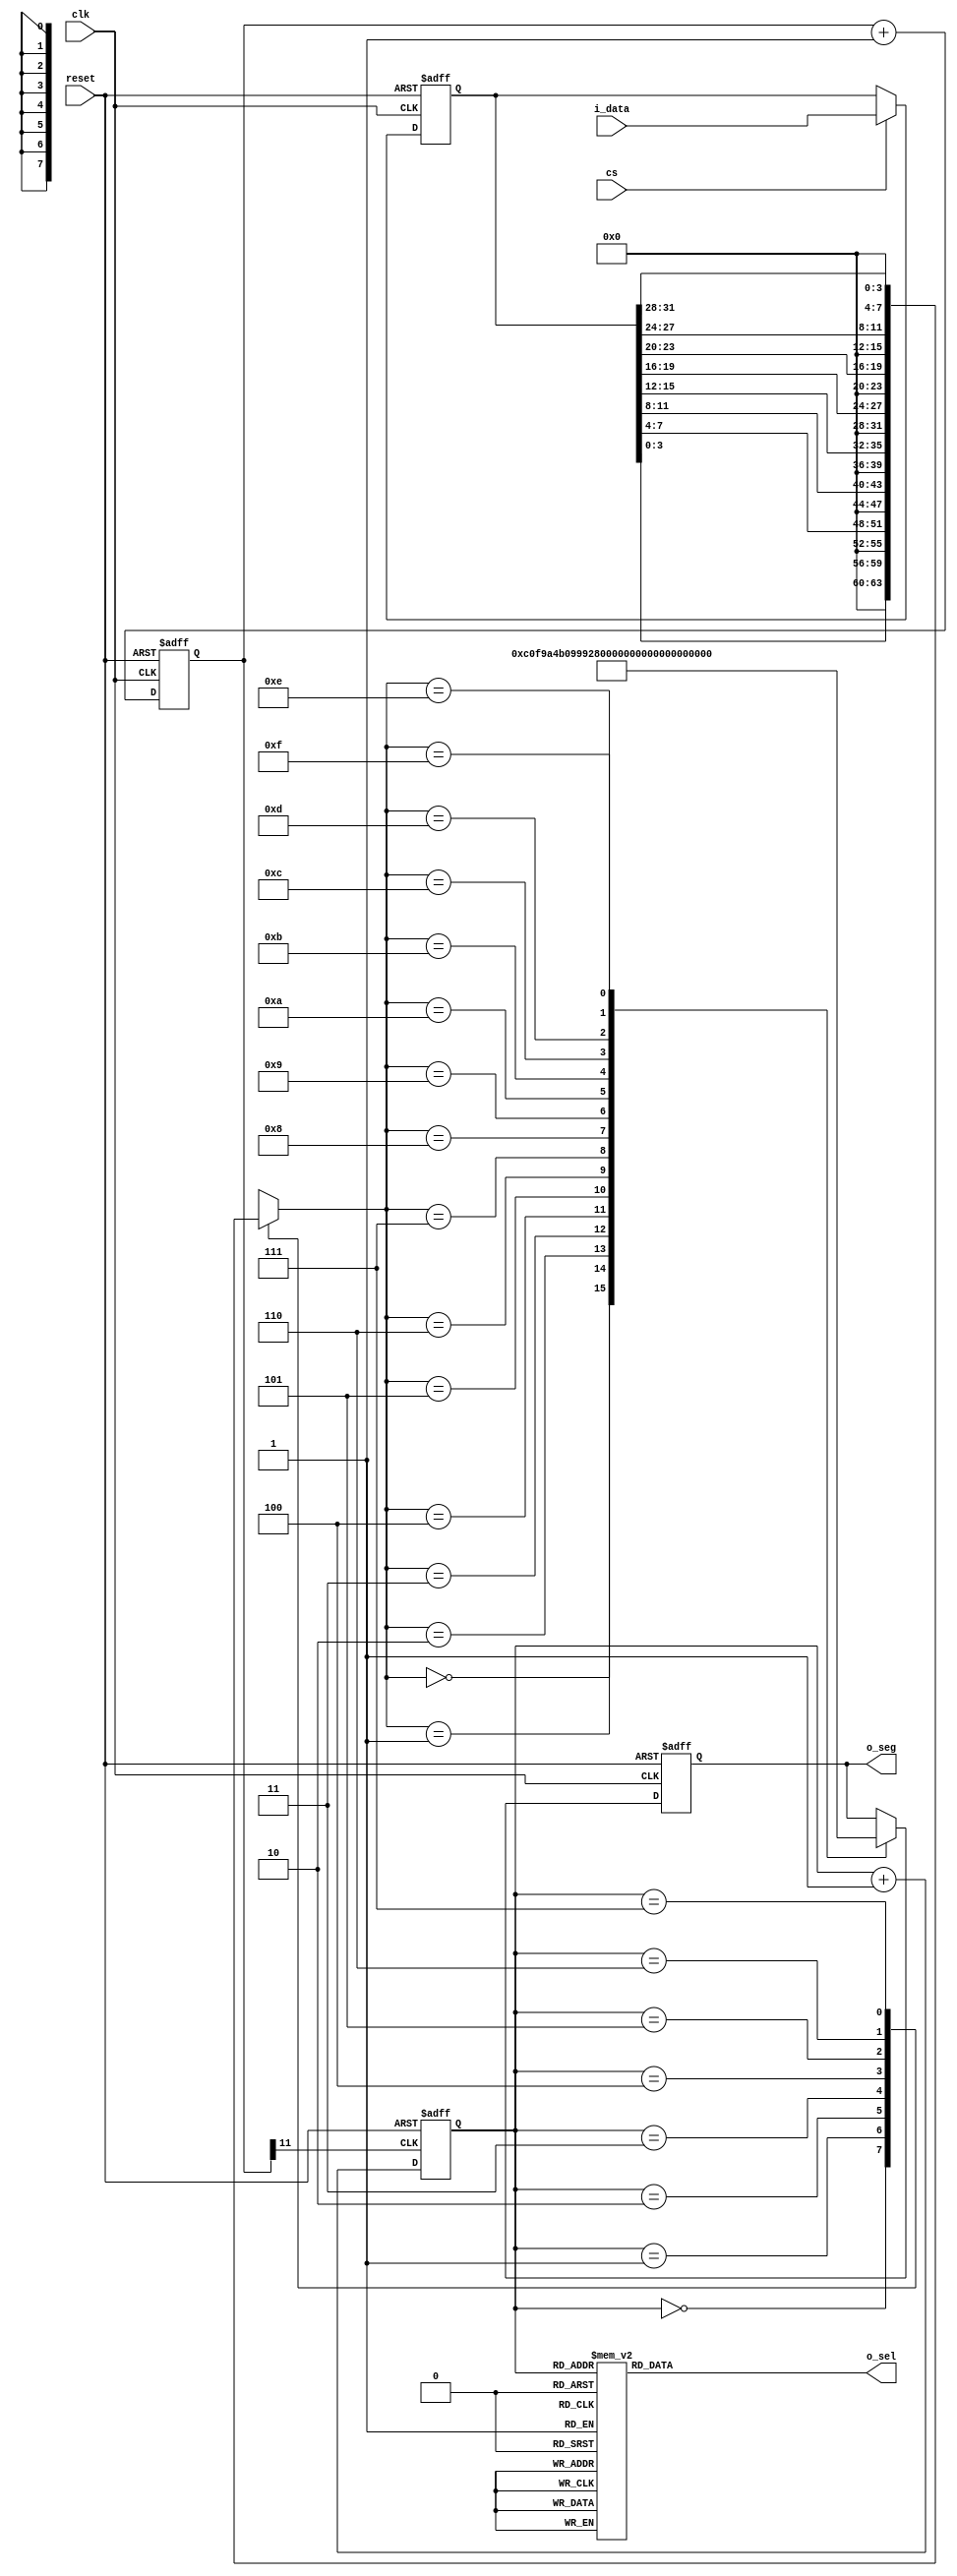
`timescale 1ns / 1ps
module seg7x16(
    input clk,
	 input reset,
	 input cs,
	 input [31:0] i_data,
	 output [7:0] o_seg,
	 output [7:0] o_sel
    );

    reg [11:0] cnt;
	 always @ (posedge clk, posedge reset)
      if (reset)
        cnt <= 0;
      else
        cnt <= cnt + 1'b1;
 
    wire seg7_clk = cnt[11]; 
	 
	 reg [2:0] seg7_addr;
	 
	 always @ (posedge seg7_clk, posedge reset)
	   if(reset)
		  seg7_addr <= 0;
		else
		  seg7_addr <= seg7_addr + 1'b1;
		  
	 reg [7:0] o_sel_r;
	 
	 always @ (*)
	   case(seg7_addr)
		  7 : o_sel_r = 8'b01111111;
		  6 : o_sel_r = 8'b10111111;
		  5 : o_sel_r = 8'b11011111;
		  4 : o_sel_r = 8'b11101111;
		  3 : o_sel_r = 8'b11110111;
		  2 : o_sel_r = 8'b11111011;
		  1 : o_sel_r = 8'b11111101;
		  0 : o_sel_r = 8'b11111110;
		endcase
	
	 reg [31:0] i_data_store;
	 always @ (posedge clk, posedge reset)
	   if(reset)
		  i_data_store <= 0;
		else if(cs)
		  i_data_store <= i_data;
		  
	 reg [7:0] seg_data_r;
	 always @ (*)
	   case(seg7_addr)
		  0 : seg_data_r = i_data_store[3:0];
		  1 : seg_data_r = i_data_store[7:4];
		  2 : seg_data_r = i_data_store[11:8];
		  3 : seg_data_r = i_data_store[15:12];
		  4 : seg_data_r = i_data_store[19:16];
		  5 : seg_data_r = i_data_store[23:20];
		  6 : seg_data_r = i_data_store[27:24];
		  7 : seg_data_r = i_data_store[31:28];
		endcase
	 
	 reg [7:0] o_seg_r;
	 always @ (posedge clk, posedge reset)
	   if(reset)
		  o_seg_r <= 8'hff;
		else
		  case(seg_data_r)
		    4'h0 : o_seg_r <= 8'hC0;
          4'h1 : o_seg_r <= 8'hF9;
          4'h2 : o_seg_r <= 8'hA4;
          4'h3 : o_seg_r <= 8'hB0;
          4'h4 : o_seg_r <= 8'h99;
          4'h5 : o_seg_r <= 8'h92;
          4'h6 : o_seg_r <= 8'h82;
          4'h7 : o_seg_r <= 8'hF8;
          4'h8 : o_seg_r <= 8'h80;
          4'h9 : o_seg_r <= 8'h90;
          4'hA : o_seg_r <= 8'h88;
          4'hB : o_seg_r <= 8'h83;
          4'hC : o_seg_r <= 8'hC6;
          4'hD : o_seg_r <= 8'hA1;
          4'hE : o_seg_r <= 8'h86;
          4'hF : o_seg_r <= 8'h8E;
		  endcase
		  
	 assign o_sel = o_sel_r;
	 assign o_seg = o_seg_r;

endmodule